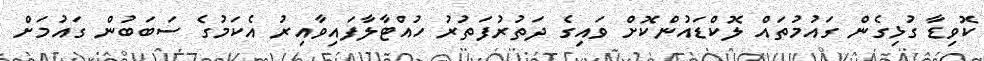
ކޮވިޑާ ގުޅިގެން ގައުމުތައް ލޮކްޑައުންކޮށް ވައިގެ ދަތުރުފަތުރު ހުއްޓާލާފައިވާއިރު އެކަމުގެ ސަބަބުން ގައުމަށް